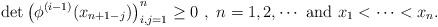
LaTeX: \begin{align*}\det\left(\phi^{(i-1)}(x_{n+1-j})\right)^n_{i,j=1}\ge 0 \ ,\ n=1,2, \cdots \textnormal{ and } x_1 < \cdots < x_n.\end{align*}